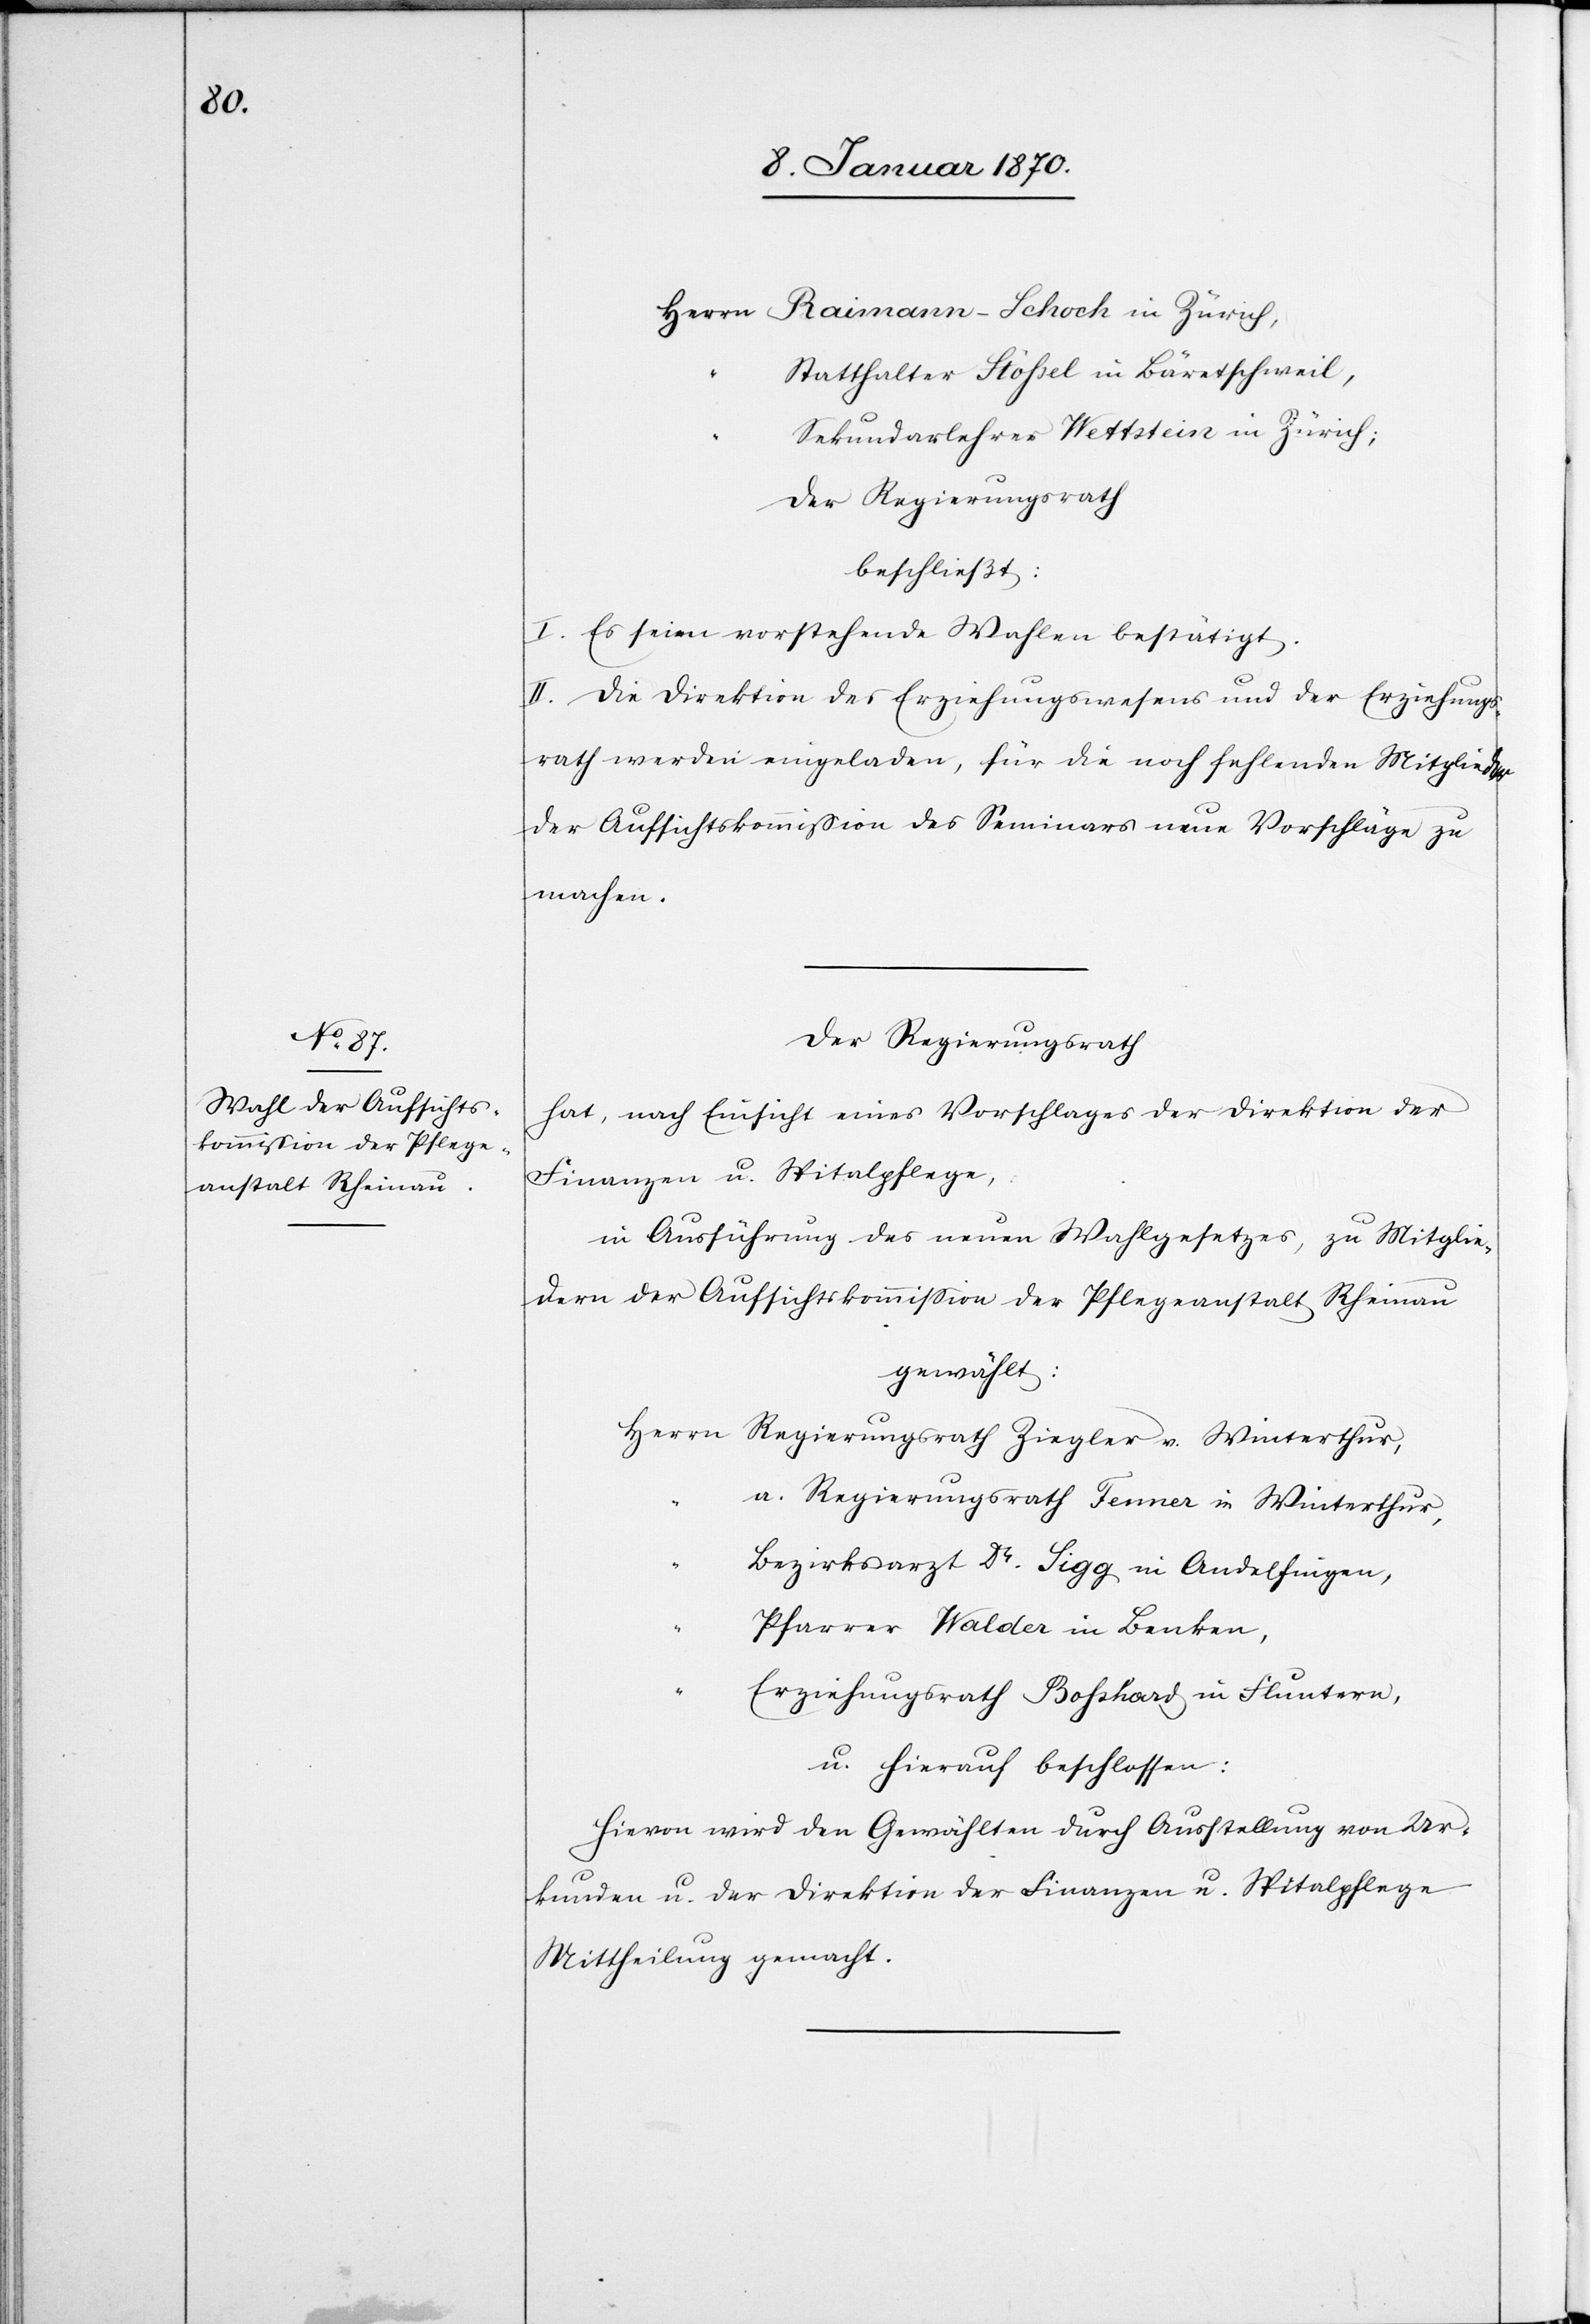
Herrn	Raimann-Schoch in Zürich
“	Statthalter Stössel in Bäretschweil,
“	Sekundarlehrer Wettstein in Zürich;
Der Regierungsrath
beschließt:
I. Es seien vorstehende Wahlen bestätigt.
II. Die Direktion des Erziehungswesens und der Erziehungs¬
rath werden eingeladen, für die noch fehlenden Mitglieder
der Aufsichtskommission des Seminars neue Vorschläge zu
machen.
Der Regierungsrath
hat, nach Einsicht eines Vorschlages der Direktion der
Finanzen u. Spitalpflege,
in Ausführung des neuen Wahlgesetzes, zu Mitglie¬
dern der Aufsichtskommission der Pflegeanstalt Rheinau
gewählt:
Herrn	Regierungsrath Ziegler v. Winterthur,
“	a. Regierungsrath Fenner in Winterthur,
“	Bezirksarzt Dr. Sigg in Andelfingen,
“	Pfarrer Walder in Benken,
“	Erziehungsrath Bosshard in Fluntern,
u. hierauf beschlossen:
Hievon wir den Gewählten durch Ausstellung von Ur¬
kunden u. der Direktion der Finanzen u. Spitalpflege
Mittheilung gemacht.